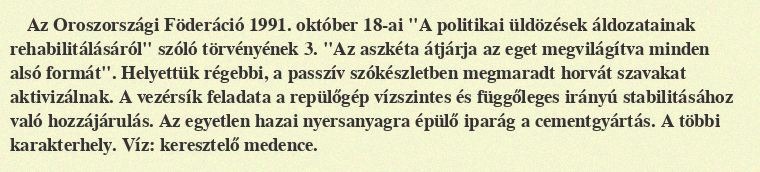
Az Oroszországi Föderáció 1991. október 18-ai "A politikai üldözések áldozatainak rehabilitálásáról" szóló törvényének 3. "Az aszkéta átjárja az eget megvilágítva minden alsó formát". Helyettük régebbi, a passzív szókészletben megmaradt horvát szavakat aktivizálnak. A vezérsík feladata a repülőgép vízszintes és függőleges irányú stabilitásához való hozzájárulás. Az egyetlen hazai nyersanyagra épülő iparág a cementgyártás. A többi karakterhely. Víz: keresztelő medence.